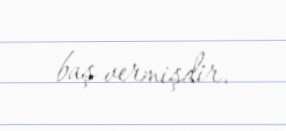
baş vermişdir.